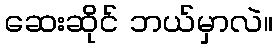
ဆေးဆိုင် ဘယ်မှာလဲ။